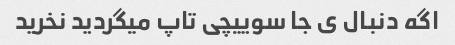
اگه دنبال ی جا سوییچی تاپ میگردید نخرید